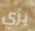
بزي